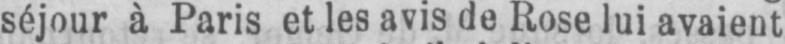
séjour à Paris et les avis de Rose lui avaient